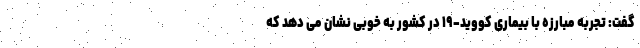
گفت: تجربه مبارزه با بیماری کووید-۱۹ در کشور به خوبی نشان می دهد که